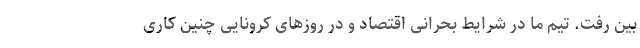
بین رفت. تیم ما در شرایط بحرانی اقتصاد و در روزهای کرونایی چنین کاری